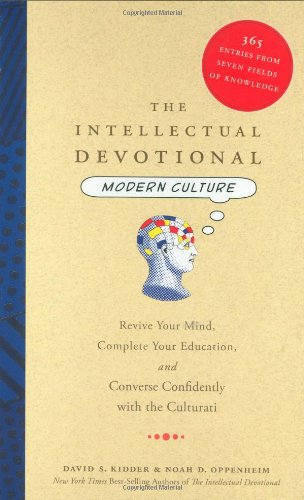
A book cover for The Intellectual Devotional Modern Culture: Revive Your Mind, Complete Your Education, and Converse Confidently with the Culturati; David S. Kidder; Reference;